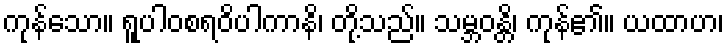
ကုန်သော။ ရူပါဝစရဝိပါကာနိ၊ တို့သည်။ သမ္ဘဝန္တိ၊ ကုန်၏။ ယထာဟ၊